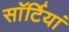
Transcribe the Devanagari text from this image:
साॅर्टियां